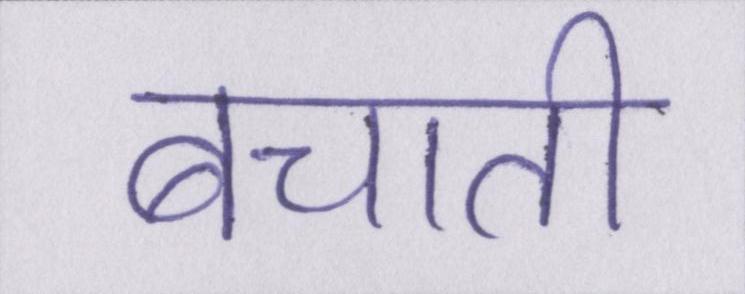
बचाती